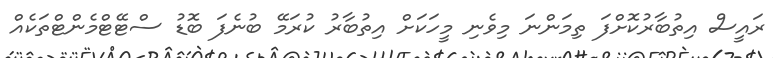
ރައީސް އިތުބާރުކޮށްފަ ތިމަންނަ މިވެނި މީހަކަށް އިތުބާރު ކުރަމޭ ބުނެފަ ބޮޑު ސްޓޭޓްމެންޓްތަކެއް